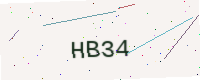
Text: HB34